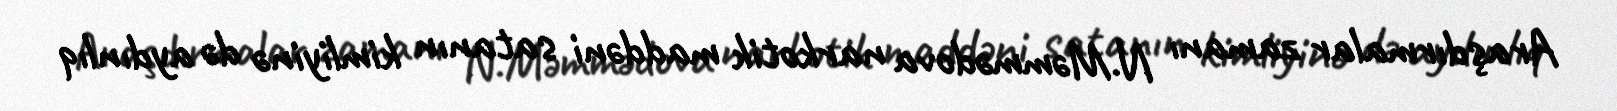
Araşdırmalar zamanı N.Məmmədova narkotik maddəni satanın kimliyinə də aydınlıq